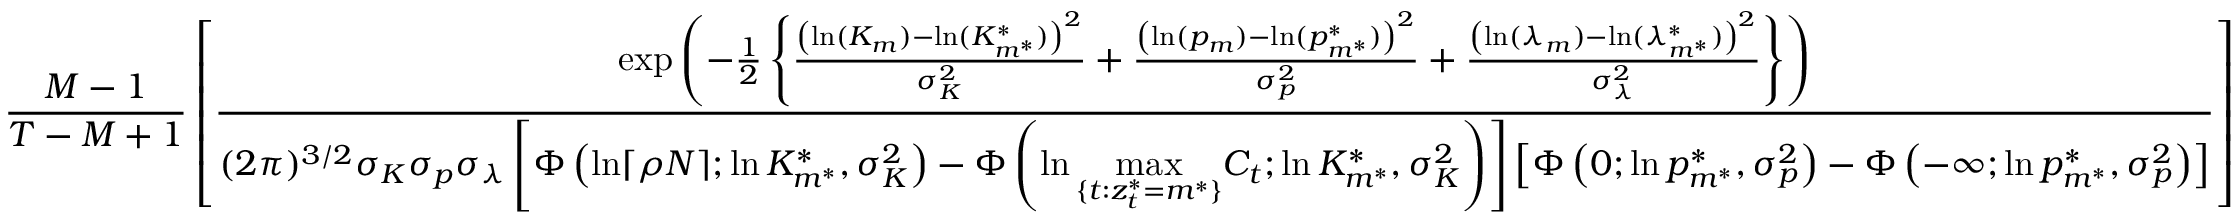
\frac { M - 1 } { T - M + 1 } \left[ \frac { \exp \left( - \frac { 1 } { 2 } \left\{ \frac { \left( \ln ( K _ { m } ) - \ln ( K _ { m ^ { * } } ^ { * } ) \right) ^ { 2 } } { \sigma _ { K } ^ { 2 } } + \frac { \left( \ln ( p _ { m } ) - \ln ( p _ { m ^ { * } } ^ { * } ) \right) ^ { 2 } } { \sigma _ { p } ^ { 2 } } + \frac { \left( \ln ( \lambda _ { m } ) - \ln ( \lambda _ { m ^ { * } } ^ { * } ) \right) ^ { 2 } } { \sigma _ { \lambda } ^ { 2 } } \right\} \right) } { ( 2 \pi ) ^ { 3 / 2 } \sigma _ { K } \sigma _ { p } \sigma _ { \lambda } \left[ \Phi \left( \ln \lceil \rho N \rceil ; \ln K _ { m ^ { * } } ^ { * } , \sigma _ { K } ^ { 2 } \right) - \Phi \left( \ln \underset { \{ t : z _ { t } ^ { * } = m ^ { * } \} } { \operatorname* { m a x } } C _ { t } ; \ln K _ { m ^ { * } } ^ { * } , \sigma _ { K } ^ { 2 } \right) \right] \left[ \Phi \left( 0 ; \ln p _ { m ^ { * } } ^ { * } , \sigma _ { p } ^ { 2 } \right) - \Phi \left( - \infty ; \ln p _ { m ^ { * } } ^ { * } , \sigma _ { p } ^ { 2 } \right) \right] } \right]